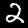
Digit: 2